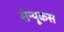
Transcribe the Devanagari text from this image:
सेन्यूकस